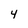
Character: 4